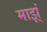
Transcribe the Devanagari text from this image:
माझ्ं